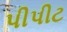
પીપીટ